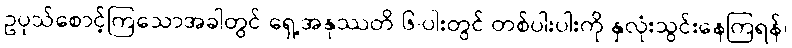
ဥပုသ်စောင့်ကြသောအခါတွင် ရှေ့အနုဿတိ ၆-ပါးတွင် တစ်ပါးပါးကို နှလုံးသွင်းနေကြရန်၊